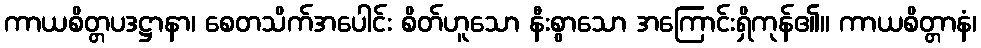
ကာယစိတ္တပဒဋ္ဌာနာ၊ စေတသိက်အပေါင်း စိတ်ဟူသော နီးစွာသော အကြောင်းရှိကုန်၏။ ကာယစိတ္တာနံ၊